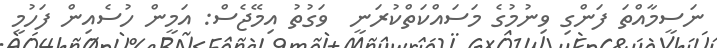
ނަސީމާއްތަ ފަންގި ވިނުމުގެ މަސައްކަތްކުރަނީ  ވަގުތު އިމޭޖެސް: އަމީން ހުސެއިން ފަހުމީ